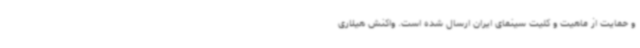
و حمایت از ماهیت و کلیت سینمای ایران ارسال شده است. واکنش هیلاری